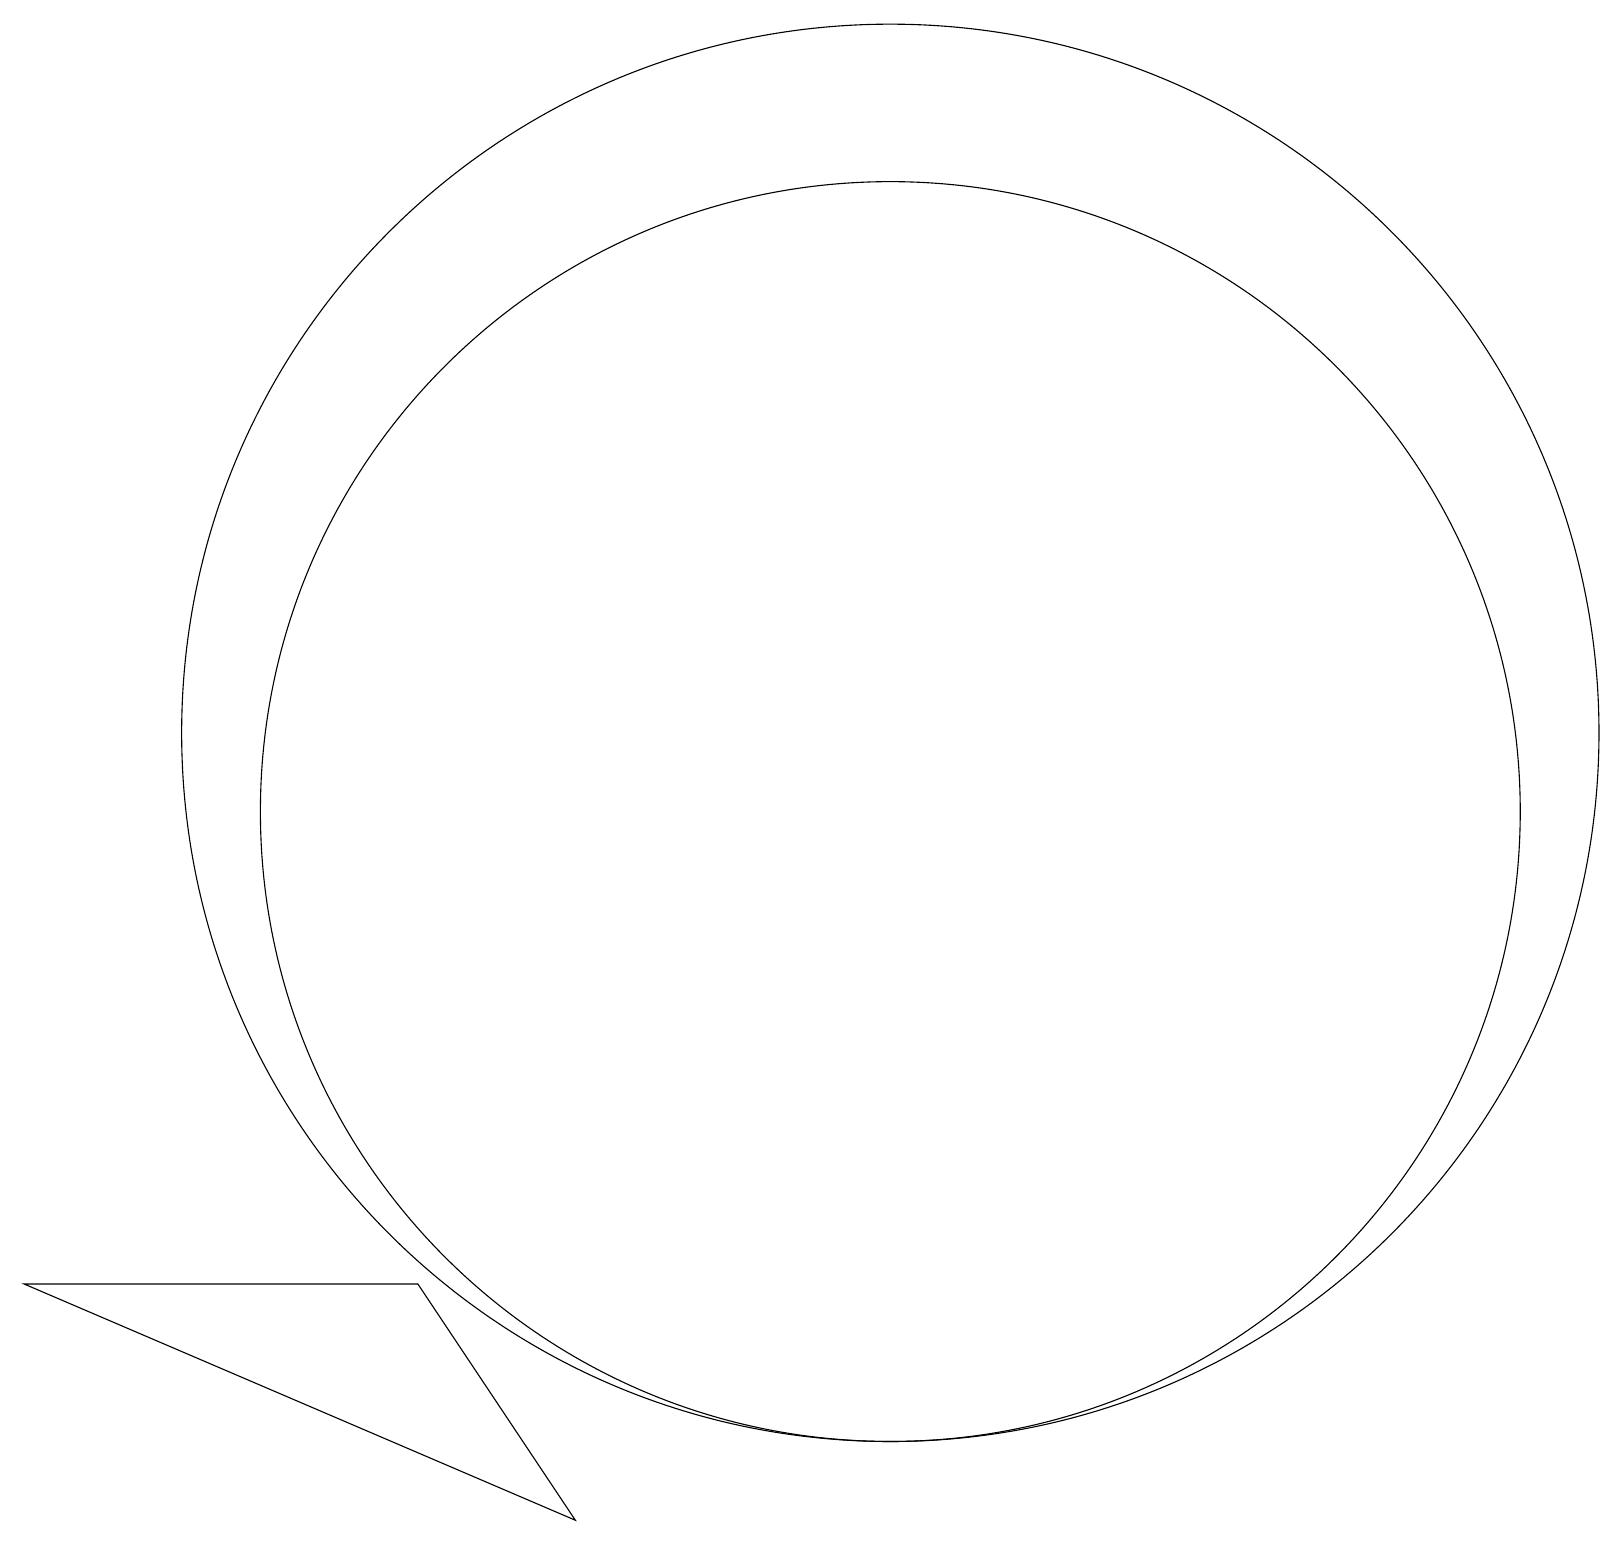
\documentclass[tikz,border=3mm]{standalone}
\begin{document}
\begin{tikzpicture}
\draw (11,12) circle (9);
\draw (11,11) circle (8);
\draw (7,2) -- (0,5) -- (5,5) -- cycle;
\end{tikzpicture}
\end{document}